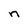
Character: n